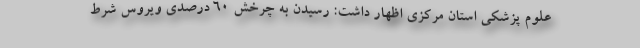
علوم پزشکی استان مرکزی اظهار داشت: رسیدن به چرخش 60 درصدی ویروس شرط